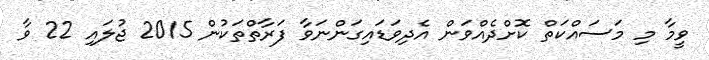
ވީމާ މި މަސައްކަތް ކޮށްދެއްވަން އެދިވަޑައިގަންނަވާ ފަރާތްތަކުން 2015 ޖުލައި 22 ވާ